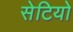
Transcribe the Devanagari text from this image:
सेटियो